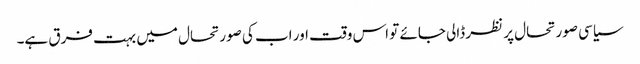
سیاسی صورتحال پر نظر ڈالی جائے تو اس وقت اور اب کی صورتحال میں بہت فرق ہے۔